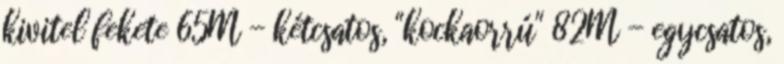
kivitel fekete 65M - kétcsatos, "kockaorrú" 82M - egycsatos,